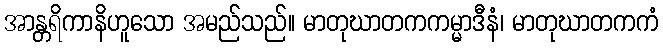
အာန္တရိကာနိဟူသော အမည်သည်။ မာတုဃာတကကမ္မာဒီနံ၊ မာတုဃာတကကံ